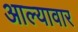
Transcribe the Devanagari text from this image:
आल्यावार